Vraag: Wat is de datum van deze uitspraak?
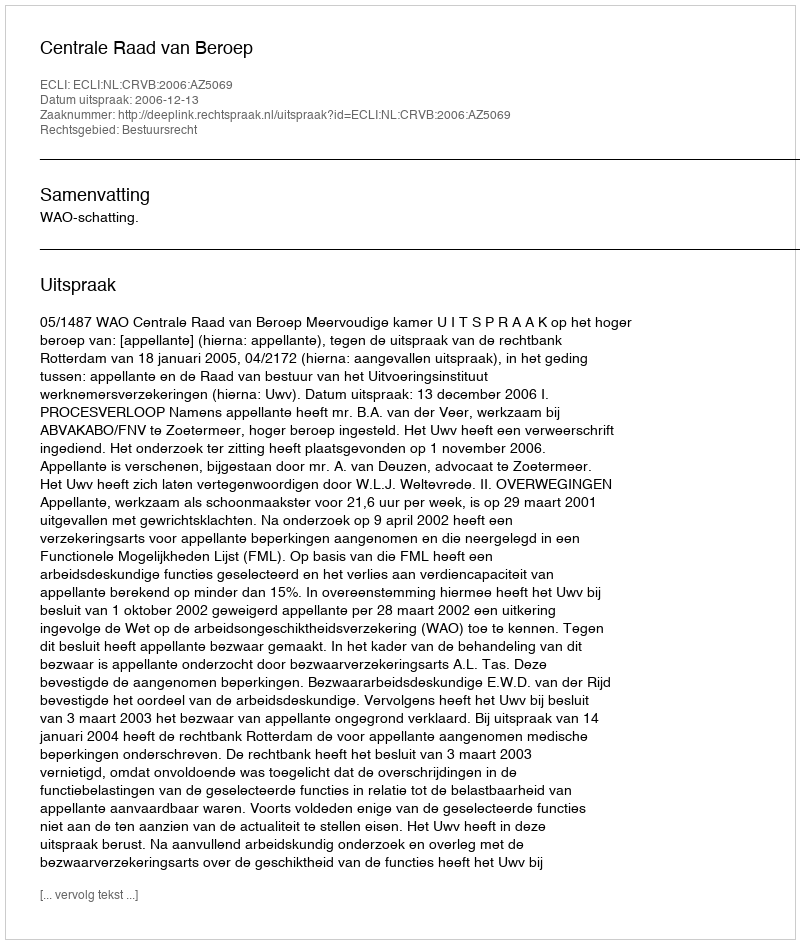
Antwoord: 2006-12-13